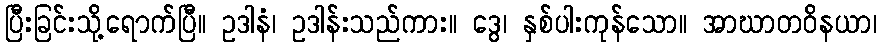
ပြီးခြင်းသို့ရောက်ပြီ။ ဥဒါနံ၊ ဥဒါန်းသည်ကား။ ဒွေ၊ နှစ်ပါးကုန်သော။ အာဃာတဝိနယာ၊